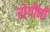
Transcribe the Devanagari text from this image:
रोगींनी